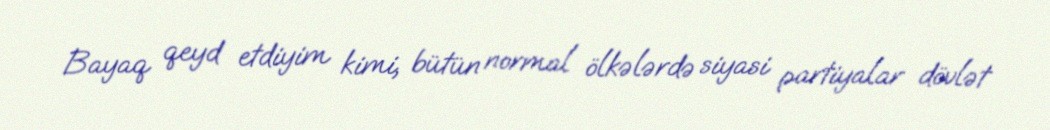
Bayaq qeyd etdiyim kimi, bütün normal ölkələrdə siyasi partiyalar dövlət